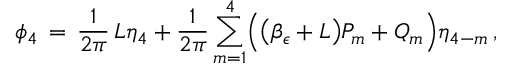
\phi _ { 4 } \, = \, \frac { 1 } { 2 \pi } \, L \eta _ { 4 } + \frac { 1 } { 2 \pi } \sum _ { m = 1 } ^ { 4 } \Bigl ( \bigl ( \beta _ { \epsilon } + L \bigr ) P _ { m } + Q _ { m } \Bigr ) \eta _ { 4 - m } \, ,